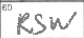
Transcription: RSW